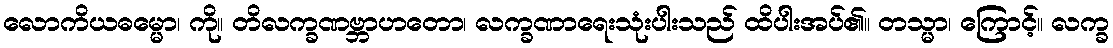
လောကိယဓမ္မော၊ ကို။ တိလက္ခဏဗ္ဘာဟတော၊ လက္ခဏာရေးသုံးပါးသည် ထိပါးအပ်၏။ တသ္မာ၊ ကြောင့်။ လက္ခ